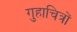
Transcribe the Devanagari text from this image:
गुहाचित्रों